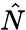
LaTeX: \hat{N}